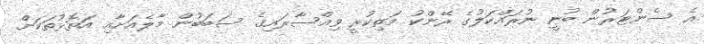
އެ ސެންޓަރުން ބުނީ ނުރައްކަލުގެ ރޭންކު މަތިކުރީ ވިއްސާރައިގެ ސަބަބުން މާލެއަށާއި އަތޮޅުތަކަށް